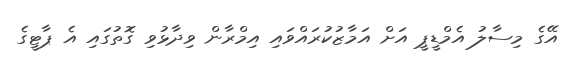
އޭގެ މިސާލު އެމްޑީޕީ އަށް އަމާޒުކުރައްވައި އިމްރާން ވިދާޅުވި ގޮތުގައި އެ ޕާޓީގެ